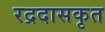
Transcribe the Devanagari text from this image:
रद्रदासकृत